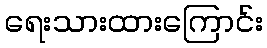
ရေးသားထားကြောင်း